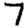
Digit: 7